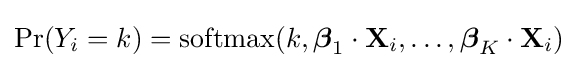
\Pr(Y_{i}=k)=\operatorname {softmax} (k,{\boldsymbol {\beta }}_{1}\cdot \mathbf {X} _{i},\ldots ,{\boldsymbol {\beta }}_{K}\cdot \mathbf {X} _{i})